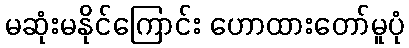
မဆုံးမနိုင်ကြောင်း ဟောထားတော်မူပုံ